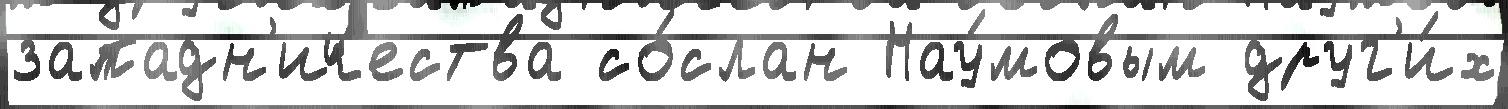
западн'ичества со́слан Нау́мовым друг'и́х